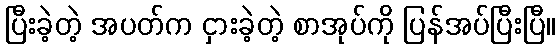
ပြီးခဲ့တဲ့ အပတ်က ငှားခဲ့တဲ့ စာအုပ်ကို ပြန်အပ်ပြီးပြီ။